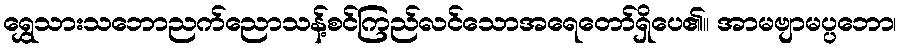
ရွှေသားသဘောညက်ညောသန့်စင်ကြည်လင်သောအရေတော်ရှိပေ၏။ အာမဗျာမပ္ပဘော၊